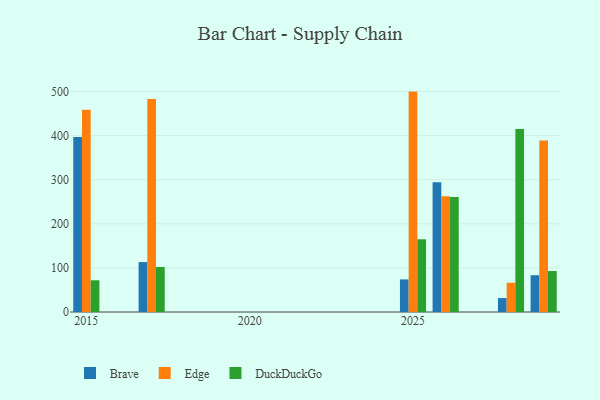
{"axis": {"x": "Year", "y": "Waste Production (Tons)"}, "legend": ["Brave", "DuckDuckGo", "Edge"], "data": [{"x": "2026", "y": 294.3, "type": "Brave"}, {"x": "2026", "y": 262.4, "type": "Edge"}, {"x": "2026", "y": 261.0, "type": "DuckDuckGo"}, {"x": "2015", "y": 396.8, "type": "Brave"}, {"x": "2015", "y": 458.5, "type": "Edge"}, {"x": "2015", "y": 71.9, "type": "DuckDuckGo"}, {"x": "2028", "y": 31.6, "type": "Brave"}, {"x": "2028", "y": 66.3, "type": "Edge"}, {"x": "2028", "y": 415.0, "type": "DuckDuckGo"}, {"x": "2017", "y": 113.2, "type": "Brave"}, {"x": "2017", "y": 483.3, "type": "Edge"}, {"x": "2017", "y": 102.0, "type": "DuckDuckGo"}, {"x": "2029", "y": 83.4, "type": "Brave"}, {"x": "2029", "y": 388.7, "type": "Edge"}, {"x": "2029", "y": 92.9, "type": "DuckDuckGo"}, {"x": "2025", "y": 73.9, "type": "Brave"}, {"x": "2025", "y": 499.8, "type": "Edge"}, {"x": "2025", "y": 164.9, "type": "DuckDuckGo"}]}